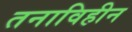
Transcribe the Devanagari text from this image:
तनाविहीन